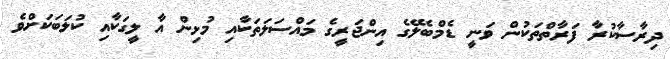
ދިރާސާކުރާ ފަރާތްތަކުން ވަނީ ޑެމްބެލޭގެ އިންޖަރީގެ މައްސަލަތަކާއި މުޅިން އާ ލީގަކާއި ކުލަބަކަށްވެ